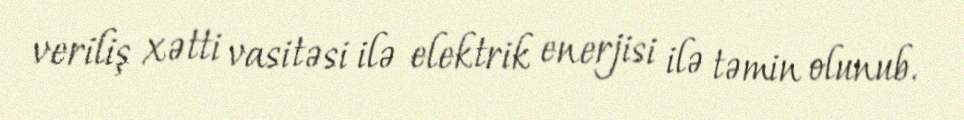
veriliş xətti vasitəsi ilə elektrik enerjisi ilə təmin olunub.